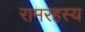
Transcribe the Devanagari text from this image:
रामरहस्य